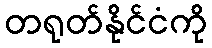
တရုတ်နိုင်ငံကို